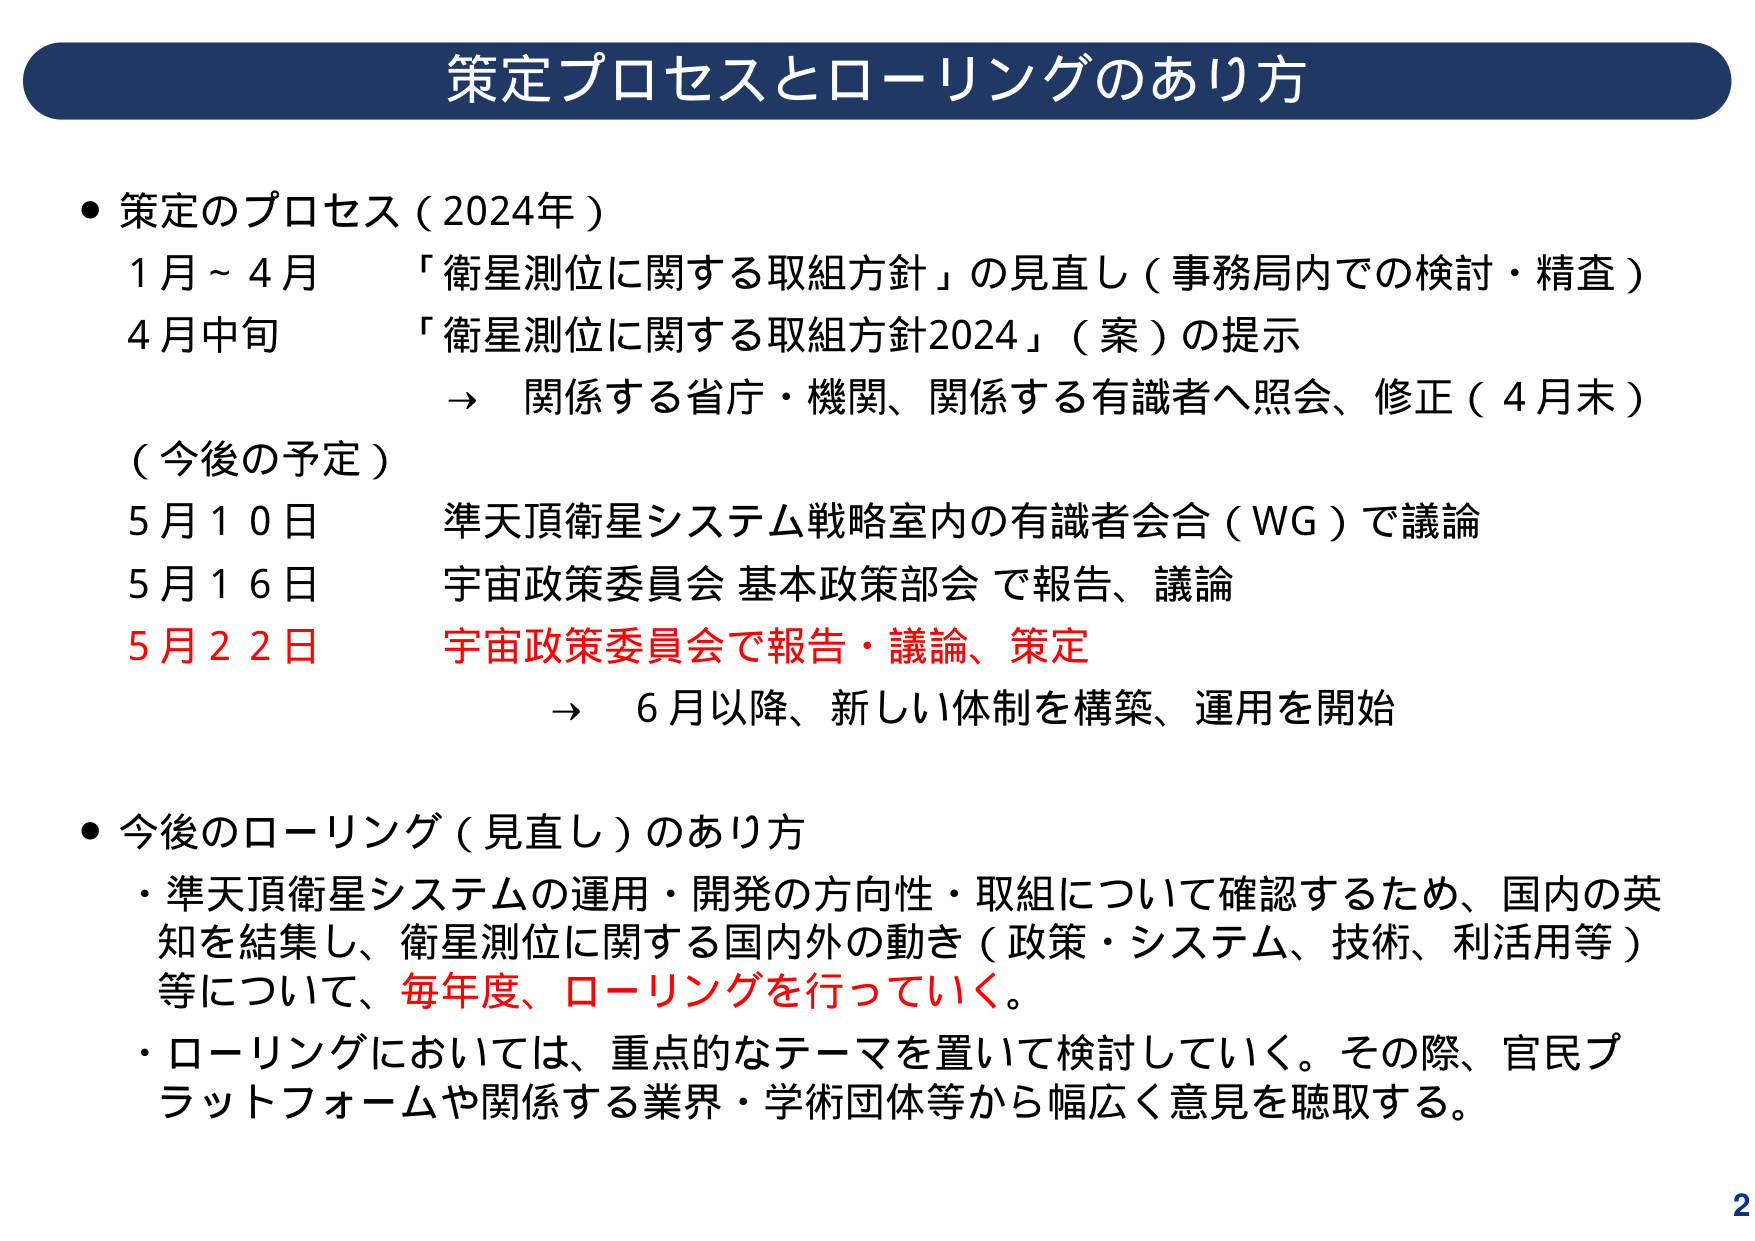
策定プロセスとローリングのあり方

・策定のプロセス（2024年）
　1月～4月　「衛星測位に関する取組方針」の見直し（事務局内での検討・精査）
　4月中旬　「衛星測位に関する取組方針2024」（案）の提示
　　　　　→ 関係する省庁・機関、関係する有識者へ照会、修正（4月末）
　（今後の予定）
　5月10日　準天頂衛星システム戦略室内の有識者会合（WG）で議論
　5月16日　宇宙政策委員会 基本政策部会 で報告、議論
　5月22日　宇宙政策委員会で報告・議論、策定
　　　　　→ 6月以降、新しい体制を構築、運用を開始

・今後のローリング（見直し）のあり方
　・準天頂衛星システムの運用・開発の方向性・取組について確認するため、国内の英知を結集し、衛星測位に関する国内外の動き（政策・システム、技術、利活用等）等について、毎年度、ローリングを行っていく。
　・ローリングにおいては、重点的なテーマを置いて検討していく。その際、官民プラットフォームや関係する業界・学術団体等から幅広く意見を聴取する。

2